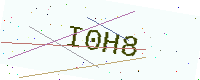
Text: I0H8